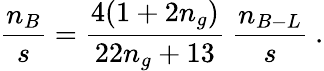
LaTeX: \frac{n_{B}}{s}=\frac{4(1+2n_{g})}{22n_{g}+13}~\frac{n_{B-L}}{s}~.